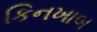
કિનખાબ